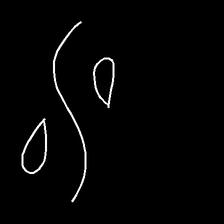
Glyph: water